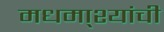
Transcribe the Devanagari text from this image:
मधमा्श्यांची